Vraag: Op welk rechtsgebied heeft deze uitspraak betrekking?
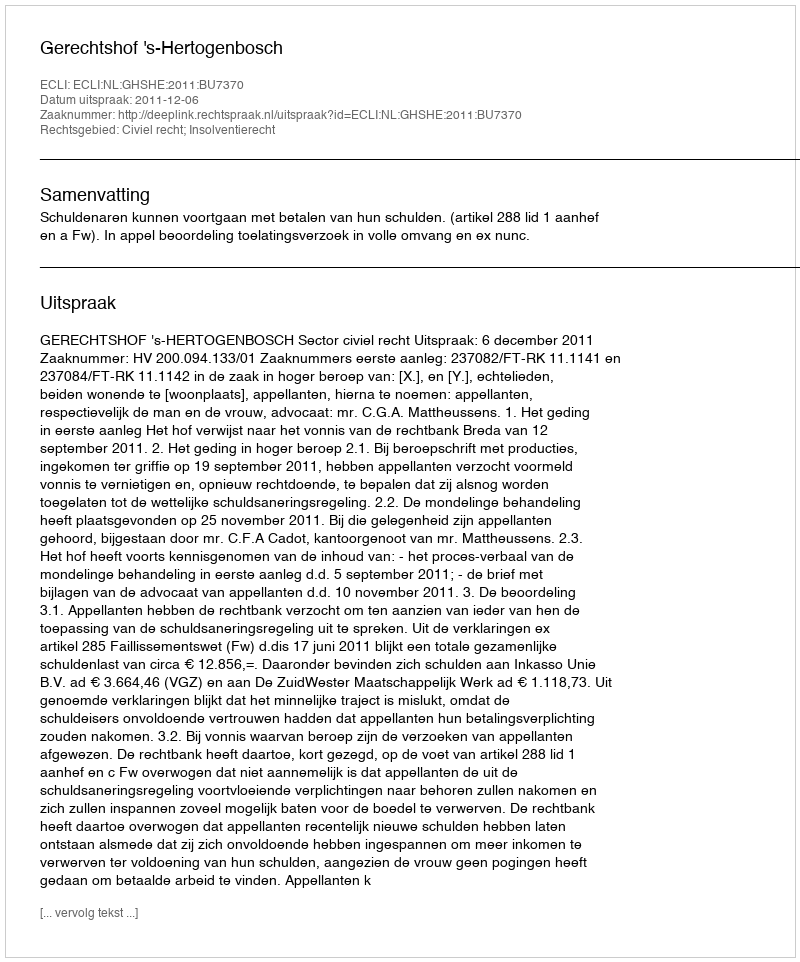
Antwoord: Civiel recht; Insolventierecht